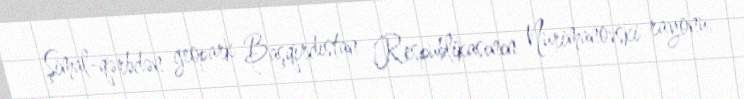
Şimal-qərbdən geopark Başqırdıstan Respublikasının Nurimanovski rayonu,